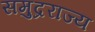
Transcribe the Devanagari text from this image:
समुद्रराज्य